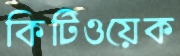
কিটিওয়েক